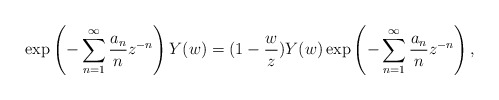
\begin{align*}\exp\left(-\sum^\infty_{n=1}\frac{a_n}{n}z^{-n}\right)Y(w)=(1-\frac{w}{z})Y(w)\exp\left(-\sum^\infty_{n=1}\frac{a_n}{n}z^{-n}\right),\end{align*}